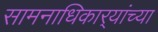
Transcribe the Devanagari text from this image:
सामनाधिकार्‍यांच्या